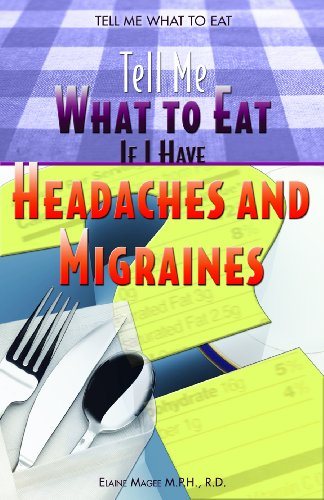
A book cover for Tell Me What To Eat If I Have Headaches and Migraines; Elaine Magee; Health, Fitness & Dieting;